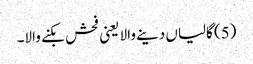
(5) گالیاں دینے والا یعنی فحش بکنے والا۔